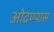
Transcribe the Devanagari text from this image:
ओढण्यास